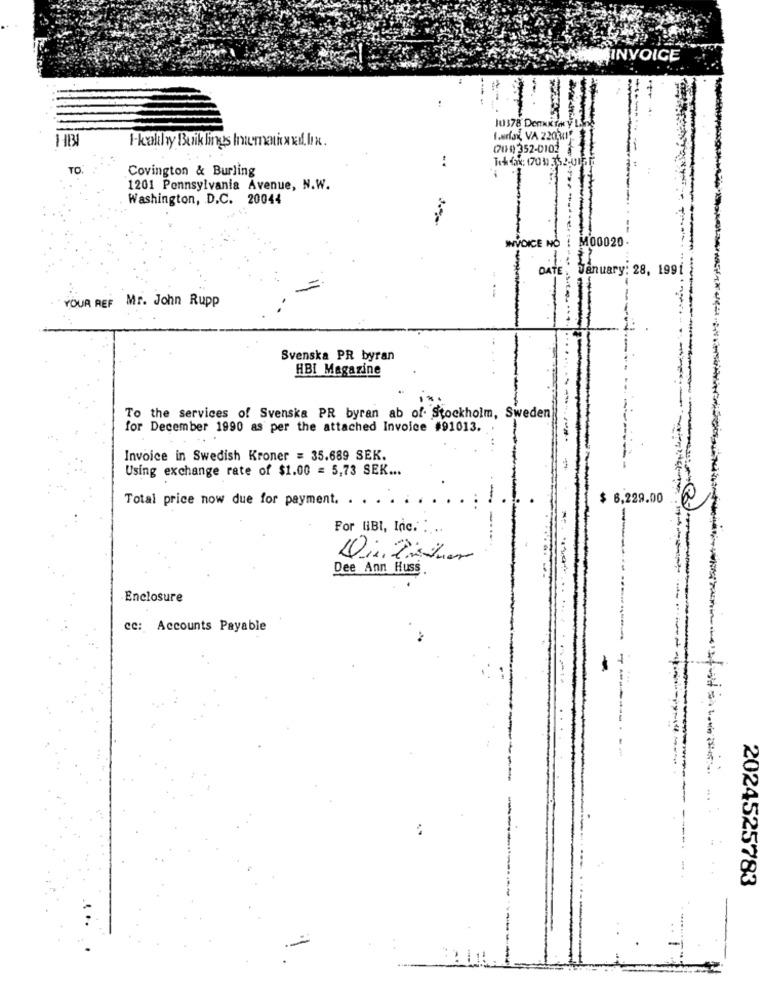
INVOICE
--.
111 378 DEINK TONY L
HB
Healthy Buik lings International, lix.
(70 0) 352-0102
..
TO
Covington & Burling
1201 Pennsylvania Avenue, N.W.
Washington, D.C. 20044
INVOICE NO : M00020.
DATE: January: 28, 1991
YOUR REF Mr. John Rupp
Svenska PR byran
HBI Magazine
To the services of Svenska PR byran ab of. Stockholm, Sweden
for December 1990 as per the attached Invoice #91013.
Invoice in Swedish Kroner = 35.689 SEK.
Using exchange rate of $1.00 = 5,73 SEK ...
Total price now due for payment. . .
$ 6,229.00
For HBI, Inc. ...
Dee Ann Huss
Enclosure
cc: Accounts Payable
2024525783